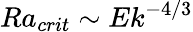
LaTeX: Ra_{crit}\sim Ek^{-4/3}